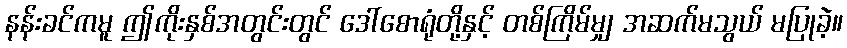
နန်းခင်ကမူ ဤကိုးနှစ်အတွင်းတွင် ဒေါ်စောရုံတို့နှင့် တစ်ကြိမ်မျှ အဆက်မသွယ် မပြုခဲ့။